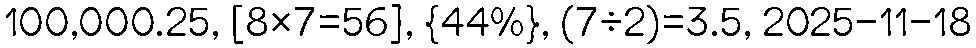
100,000.25, [8×7=56], {44%}, (7÷2)=3.5, 2025-11-18